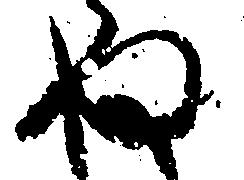
ぬ